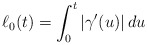
\begin{align*}\ell_0(t) = \int_0^t |\gamma'(u)| \,du\end{align*}